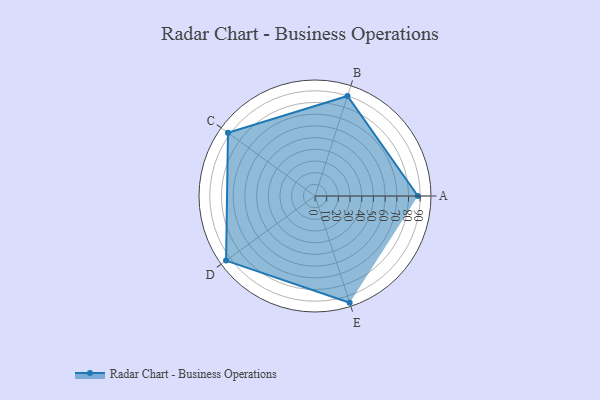
{"axis": {"x": "Skill", "y": "Score"}, "legend": ["Profile"], "data": [{"x": "A", "y": 88.0, "type": "Profile"}, {"x": "B", "y": 90.0, "type": "Profile"}, {"x": "C", "y": 92.0, "type": "Profile"}, {"x": "D", "y": 94.0, "type": "Profile"}, {"x": "E", "y": 96.0, "type": "Profile"}]}